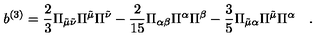
b ^ { ( 3 ) } = \frac { 2 } { 3 } \Pi _ { \tilde { \mu } \tilde { \nu } } \Pi ^ { \tilde { \mu } } \Pi ^ { \tilde { \nu } } - \frac { 2 } { 1 5 } \Pi _ { \alpha \beta } \Pi ^ { \alpha } \Pi ^ { \beta } - \frac { 3 } { 5 } \Pi _ { \tilde { \mu } \alpha } \Pi ^ { \tilde { \mu } } \Pi ^ { \alpha } \quad .